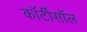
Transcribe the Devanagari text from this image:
कॉर्टीसॉल